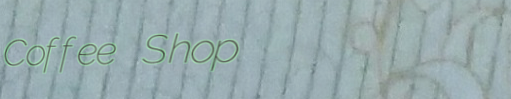
Coffee Shop